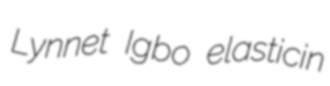
Lynnet Igbo elasticin